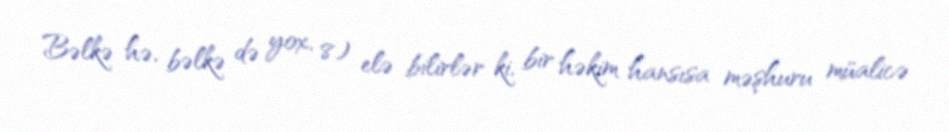
Bəlkə hə, bəlkə də yox, 8) elə bilirlər ki, bir həkim hansısa məşhuru müalicə